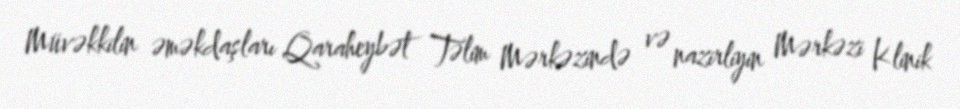
Müvəkkilin əməkdaşları Qaraheybət Təlim Mərkəzində və nazirliyin Mərkəzi Klinik